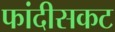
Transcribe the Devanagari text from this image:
फांदीसकट